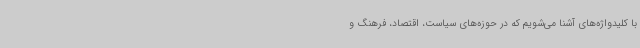
با کلیدواژه‌های آشنا می‌شویم که در حوزه‌های سیاست، اقتصاد، فرهنگ و